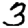
Digit: 3